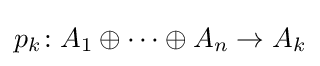
{\textstyle p_{k}\!:A_{1}\oplus \dots \oplus A_{n}\to A_{k}}